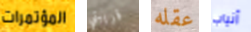
المؤتمرات قريبتي عقله أنياب